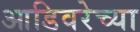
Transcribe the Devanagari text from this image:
आडिवरेच्या